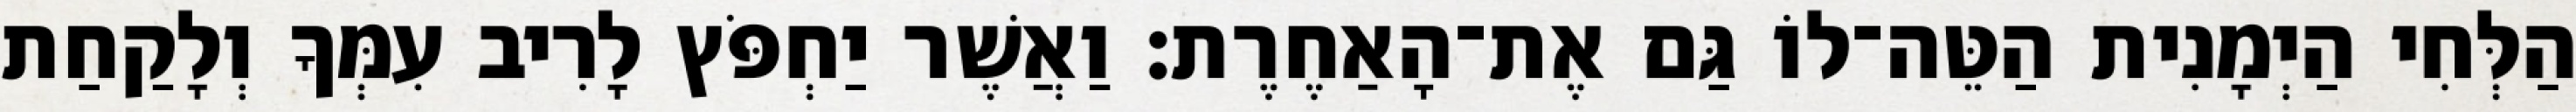
הַלְּחִי הַיְמָנִית הַטֵּה־לוֹ גַּם אֶת־הָאַחֶרֶת׃ וַאֲשֶׁר יַחְפֹּץ לָרִיב עִמְּךָ וְלָקַחַת